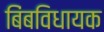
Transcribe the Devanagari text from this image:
बिंबविधायक